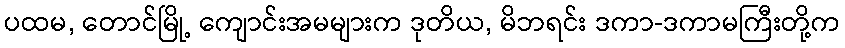
ပထမ, တောင်မြို့ ကျောင်းအမများက ဒုတိယ, မိဘရင်း ဒကာ-ဒကာမကြီးတို့က